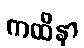
ကထိနာ